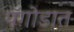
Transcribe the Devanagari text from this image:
पॅगोडात